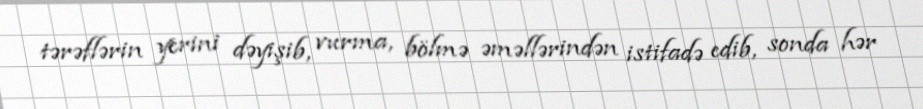
tərəflərin yerini dəyişib, vurma, bölmə əməllərindən istifadə edib, sonda hər